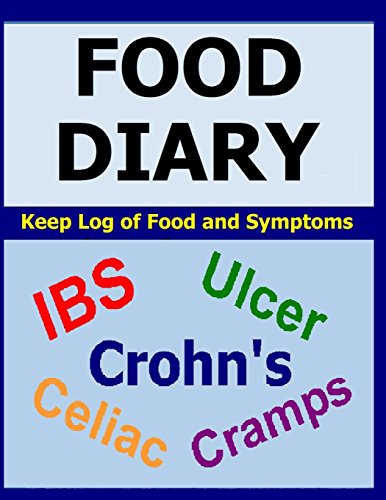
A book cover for Food Diary: For IBS, Crohn's, Celiac and other Digestive Disorders; Frances P Robinson; Health, Fitness & Dieting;